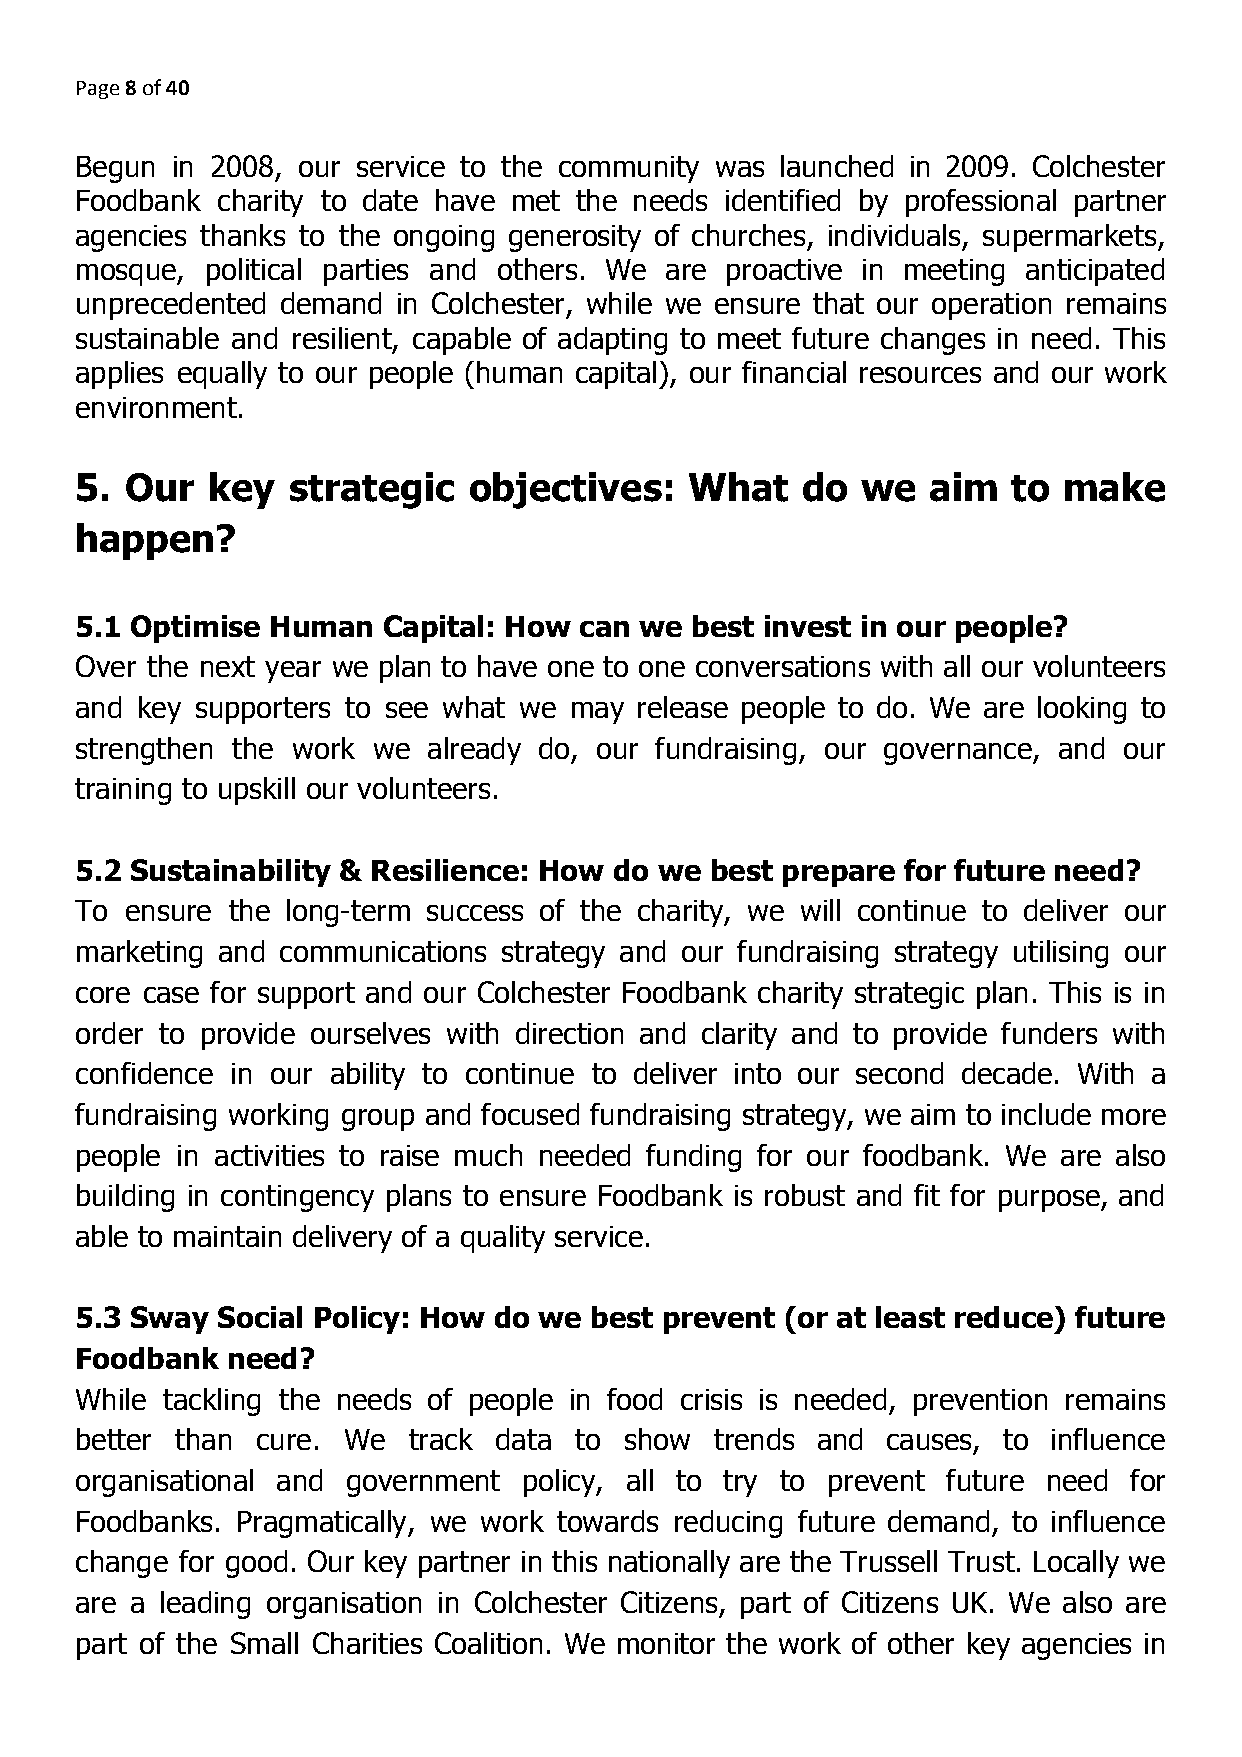
Page 8 of 40
 ​​
 Begun in 2008, our service to the community was launched in 2009. Colchester
 Foodbank charity to date have met the needs identified by professional partner
 agencies thanks to the ongoing generosity of churches, individuals, supermarkets,
 mosque,  political parties and others. We are proactive in meeting anticipated
 unprecedented demand in Colchester, while we ensure that our operation remains
 sustainable and resilient, capable of adapting to meet future changes in need. This
 applies equally to our people (human capital), our financial resources and our work
 environment.
 5. Our   key  strategic   objectives:    What   do  we   aim  to make
 happen?
 5.1 Optimise Human  Capital: How can we  best invest in our people?
 Over the next year we plan to have one to one conversations with all our volunteers
 and key supporters to see what we may release people to do. We are looking to
 strengthen the work we already do, our fundraising, our governance, and our
 training to upskill our volunteers.
 5.2 Sustainability & Resilience: How do we best prepare for future need?
 To ensure the long-term success of the charity, we will continue to deliver our
 marketing and communications strategy and our fundraising strategy utilising our
 core case for support and our Colchester Foodbank charity strategic plan. This is in
 order to provide ourselves with direction and clarity and to provide funders with
 confidence in our ability to continue to deliver into our second decade. With a
 fundraising working group and focused fundraising strategy, we aim to include more
 people in activities to raise much needed funding for our foodbank. We are also
 building in contingency plans to ensure Foodbank is robust and fit for purpose, and
 able to maintain delivery of a quality service.
 5.3 Sway Social Policy: How do we best prevent (or at least reduce) future
 Foodbank  need?
 While tackling the needs of people in food crisis is needed, prevention remains
 better than cure. We  track data to show  trends and  causes, to influence
 organisational and government policy, all to try to prevent future need for
 Foodbanks. Pragmatically, we work towards reducing future demand, to influence
 change for good. Our key partner in this nationally are the Trussell Trust. Locally we
 are a leading organisation in Colchester Citizens, part of Citizens UK. We also are
 part of the Small Charities Coalition. We monitor the work of other key agencies in